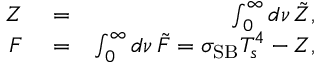
\begin{array} { r l r } { Z } & { { } = } & { \int _ { 0 } ^ { \infty } d \nu \, \tilde { Z } , } \\ { F } & { { } = } & { \int _ { 0 } ^ { \infty } d \nu \, \tilde { F } = \sigma _ { \mathrm { S B } } T _ { s } ^ { 4 } - Z , } \end{array}